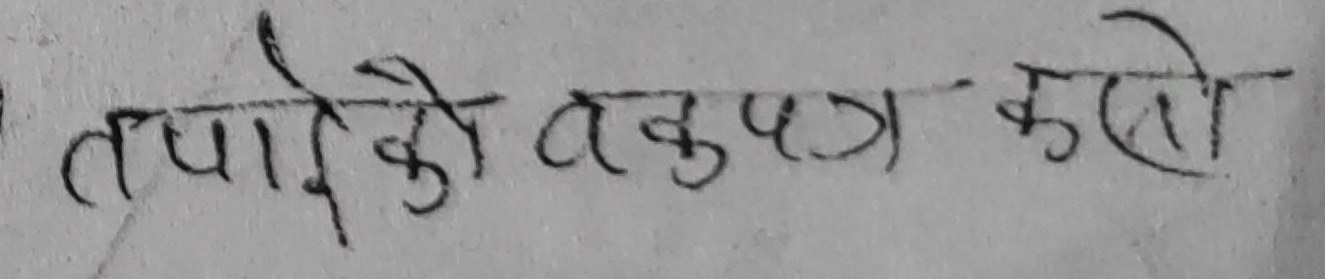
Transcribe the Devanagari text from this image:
तपाईको वक्तव्य कस्तो